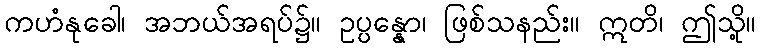
ကဟံနုခေါ၊ အဘယ်အရပ်၌။ ဥပ္ပန္နော၊ ဖြစ်သနည်း။ ဣတိ၊ ဤသို့။